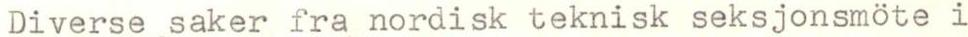
Diverse saker fra nordisk teknisk seksjonsmöte i